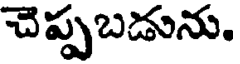
చెప్పబడును.